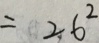
= 2 6 ^ { 2 }